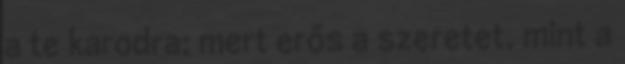
a te karodra; mert erős a szeretet, mint a